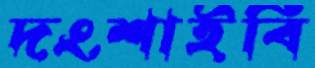
দংশাইবি